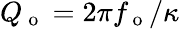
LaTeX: Q_{\mathrm{~o~}}=2\pi f_{\mathrm{~o~}}/\kappa